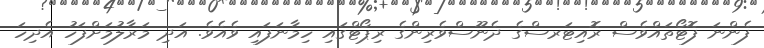
ފެންނަ ފޮޓޯތައްވެސް ރޮއިޓަރސްގެ ދެނޫސްވެރިންގެ ރިޕޯޓްގައި ހިމާނަފައި ވެއެވެ. އަދި މަރާލުމަށްފަހު އެދިހަ